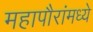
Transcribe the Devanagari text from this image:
महापौरांमध्ये